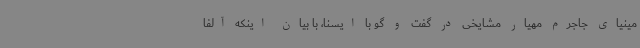
مینیای جاجرم مهیار مشایخی در گفت و گو با ایسنا، با بیان اینکه آلفا